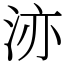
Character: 洂